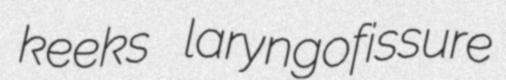
keeks laryngofissure